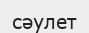
сәулет